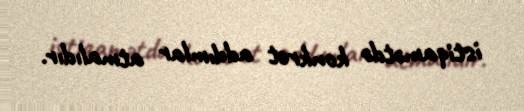
istiqamətdə konkret addımlar atmalıdır.